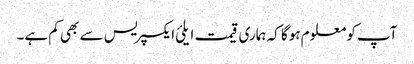
آپ کو معلوم ہوگا کہ ہماری قیمت ایلئ ایکسپریس سے بھی کم ہے۔